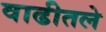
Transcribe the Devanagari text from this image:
वाढीतले